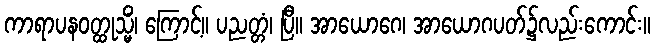
ကာရာပနဝတ္ထုသ္မိံ၊ ကြောင့်။ ပညတ္တံ၊ ပြီ။ အာယောဂေ၊ အာယောဂပတ်၌လည်းကောင်း။